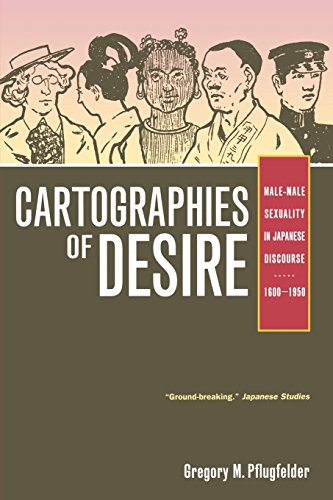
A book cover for Cartographies of Desire: Male-Male Sexuality in Japanese Discourse, 1600-1950; Gregory M. Pflugfelder; Gay & Lesbian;